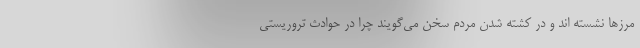
مرزها نشسته اند و در کشته شدن مردم سخن می‌گویند چرا در حوادث تروریستی